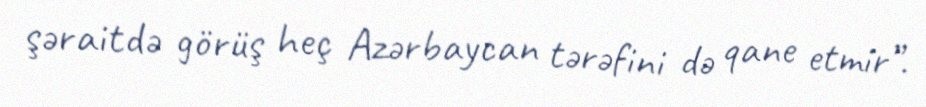
şəraitdə görüş heç Azərbaycan tərəfini də qane etmir”.